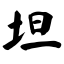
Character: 坦